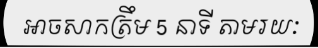
អាចសាកត្រឹម 5 នាទី តាមរយៈ